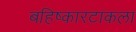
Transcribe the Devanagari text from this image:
बहिष्कारटाकला